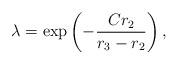
LaTeX: \begin{align*}\lambda = \exp\left(-\frac{Cr_2}{r_3-r_2}\right),\end{align*}